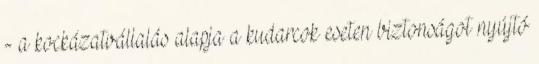
- a kockázatvállalás alapja a kudarcok eseten biztonságot nyújtó